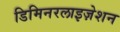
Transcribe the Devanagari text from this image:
डिमिनरलाइज़ेशन